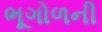
ભૂગોળની